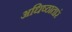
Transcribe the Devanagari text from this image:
अधिष्ठातारं